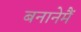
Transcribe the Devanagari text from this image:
बनानेमैं